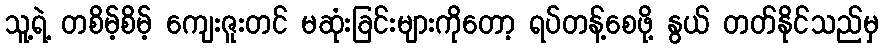
သူ့ရဲ့ တစိမ့်စိမ့် ကျေးဇူးတင် မဆုံးခြင်းများကိုတော့ ရပ်တန့်စေဖို့ နွယ် တတ်နိုင်သည်မှ